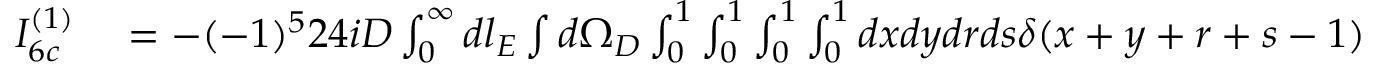
\begin{array} { r l } { I _ { 6 c } ^ { ( 1 ) } } & { { } = - ( - 1 ) ^ { 5 } 2 4 i D \int _ { 0 } ^ { \infty } d l _ { E } \int d \Omega _ { D } \int _ { 0 } ^ { 1 } \int _ { 0 } ^ { 1 } \int _ { 0 } ^ { 1 } \int _ { 0 } ^ { 1 } d x d y d r d s \delta ( x + y + r + s - 1 ) } \end{array}